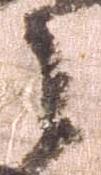
之